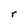
Character: r